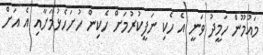
މައުމޫން ހަމީދު ވަނީ އެ ހެކި ނަފީކުރުމަށް ހެކިން ހުށަހެޅުމަށާއި އެ އަށް